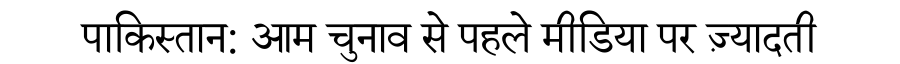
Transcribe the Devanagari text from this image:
पाकिस्तान: आम चुनाव से पहले मीडिया पर ज़्यादती